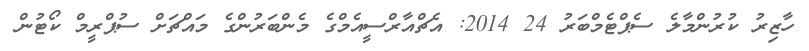
ހާޒިރު ކުރުންމާލެ ސެޕްޓެމްބަރު 24 2014: އެޗްއާރްސީއެމްގެ މެންބަރުންގެ މައްޗަށް ސުޕްރީމް ކޯޓުން